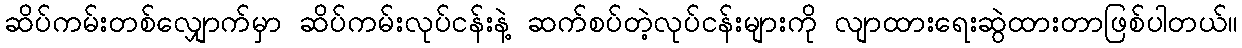
ဆိပ်ကမ်းတစ်လျှောက်မှာ ဆိပ်ကမ်းလုပ်ငန်းနဲ့ ဆက်စပ်တဲ့လုပ်ငန်းများကို လျာထားရေးဆွဲထားတာဖြစ်ပါတယ်။